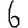
Digit: 6